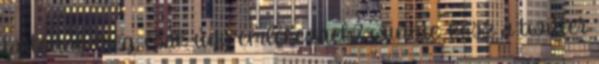
tartották meg, csak úgy emlékeznek? winnie: kösz a twitter